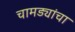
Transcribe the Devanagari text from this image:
चामड्यांचा